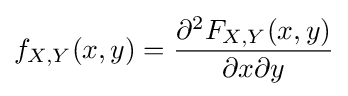
f_{X,Y}(x,y)={\frac {\partial ^{2}F_{X,Y}(x,y)}{\partial x\partial y}}